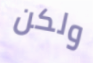
ولكن